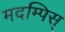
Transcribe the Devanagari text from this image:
मदम्पिस्